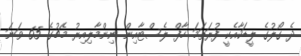
ދެ ގޯލުގެ ލީޑަކާއެކީ ފުރަތަމަ ހާފް ލެސްޓާއިން ނިންމާލިއިރު މެޗުގެ 65 ވަނަ